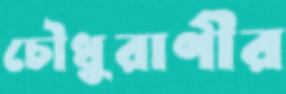
চৌধুরাণীর